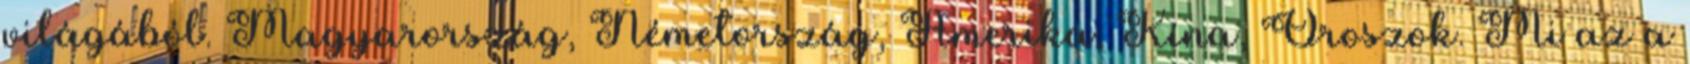
világából. Magyarország, Németország, Amerika, Kína, Oroszok. Mi az a